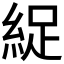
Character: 𫃥